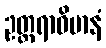
ဥတ္တရာဝိမာနံ